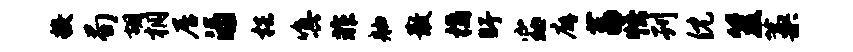
糗荀胡桐居渌梏嗔非舳散橘盱窈廨荔悟刊倪笈藁